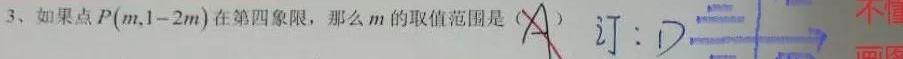
3、如果点$P(m,1 - 2m)$在第四象限，那么$m$的取值范围是（  ） 订：  画：